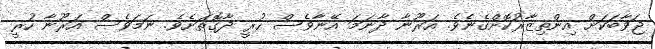
ޖަވާބަކަށް އިންތިޒާރުކޮށްގެނެވެ. އަރޫނާ ދާނަމަ އޭނާވެސް ހުރީ ދާގޮތަށެވެ. ނަމަވެސް އަރޫނާ ހުރީ